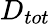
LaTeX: D_{tot}